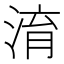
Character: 淯